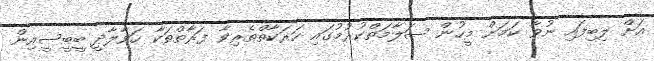
އަށް ލިބިފައި ނުވާ ކަމަށް މީހުން ސަލާމަތްކުރުމުގައި ހަރަކާތްތެރިވާ ފަރާތްތަކާ ހަވާލާދީ ބީބީސީއިން